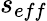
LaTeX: s_{eff}